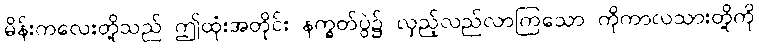
မိန်းကလေးတို့သည် ဤထုံးအတိုင်း နက္ခတ်ပွဲ၌ လှည့်လည်လာကြသော ကိုကာလသားတို့ကို